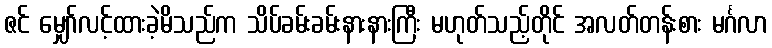
ဇင် မျှော်လင့်ထားခဲ့မိသည်က သိပ်ခမ်းခမ်းနားနားကြီး မဟုတ်သည့်တိုင် အလတ်တန်းစား မင်္ဂလာ